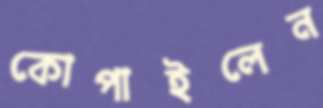
কোপাইলেন